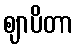
ဈာပိတာ